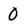
Character: 0